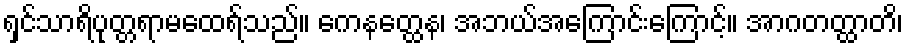
ရှင်သာရိပုတ္တရာမထေရ်သည်။ ကေနတ္ထေန၊ အဘယ်အကြောင်းကြောင့်။ အာဂတတ္ထာတိ၊